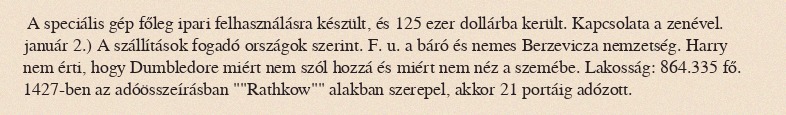
A speciális gép főleg ipari felhasználásra készült, és 125 ezer dollárba került. Kapcsolata a zenével. január 2.) A szállítások fogadó országok szerint. F. u. a báró és nemes Berzevicza nemzetség. Harry nem érti, hogy Dumbledore miért nem szól hozzá és miért nem néz a szemébe. Lakosság: 864.335 fő. 1427-ben az adóösszeírásban ""Rathkow"" alakban szerepel, akkor 21 portáig adózott.